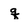
Character: q